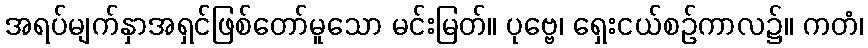
အရပ်မျက်နှာအရှင်ဖြစ်တော်မူသော မင်းမြတ်။ ပုဗ္ဗေ၊ ရှေးငယ်စဉ်ကာလ၌။ ကတံ၊